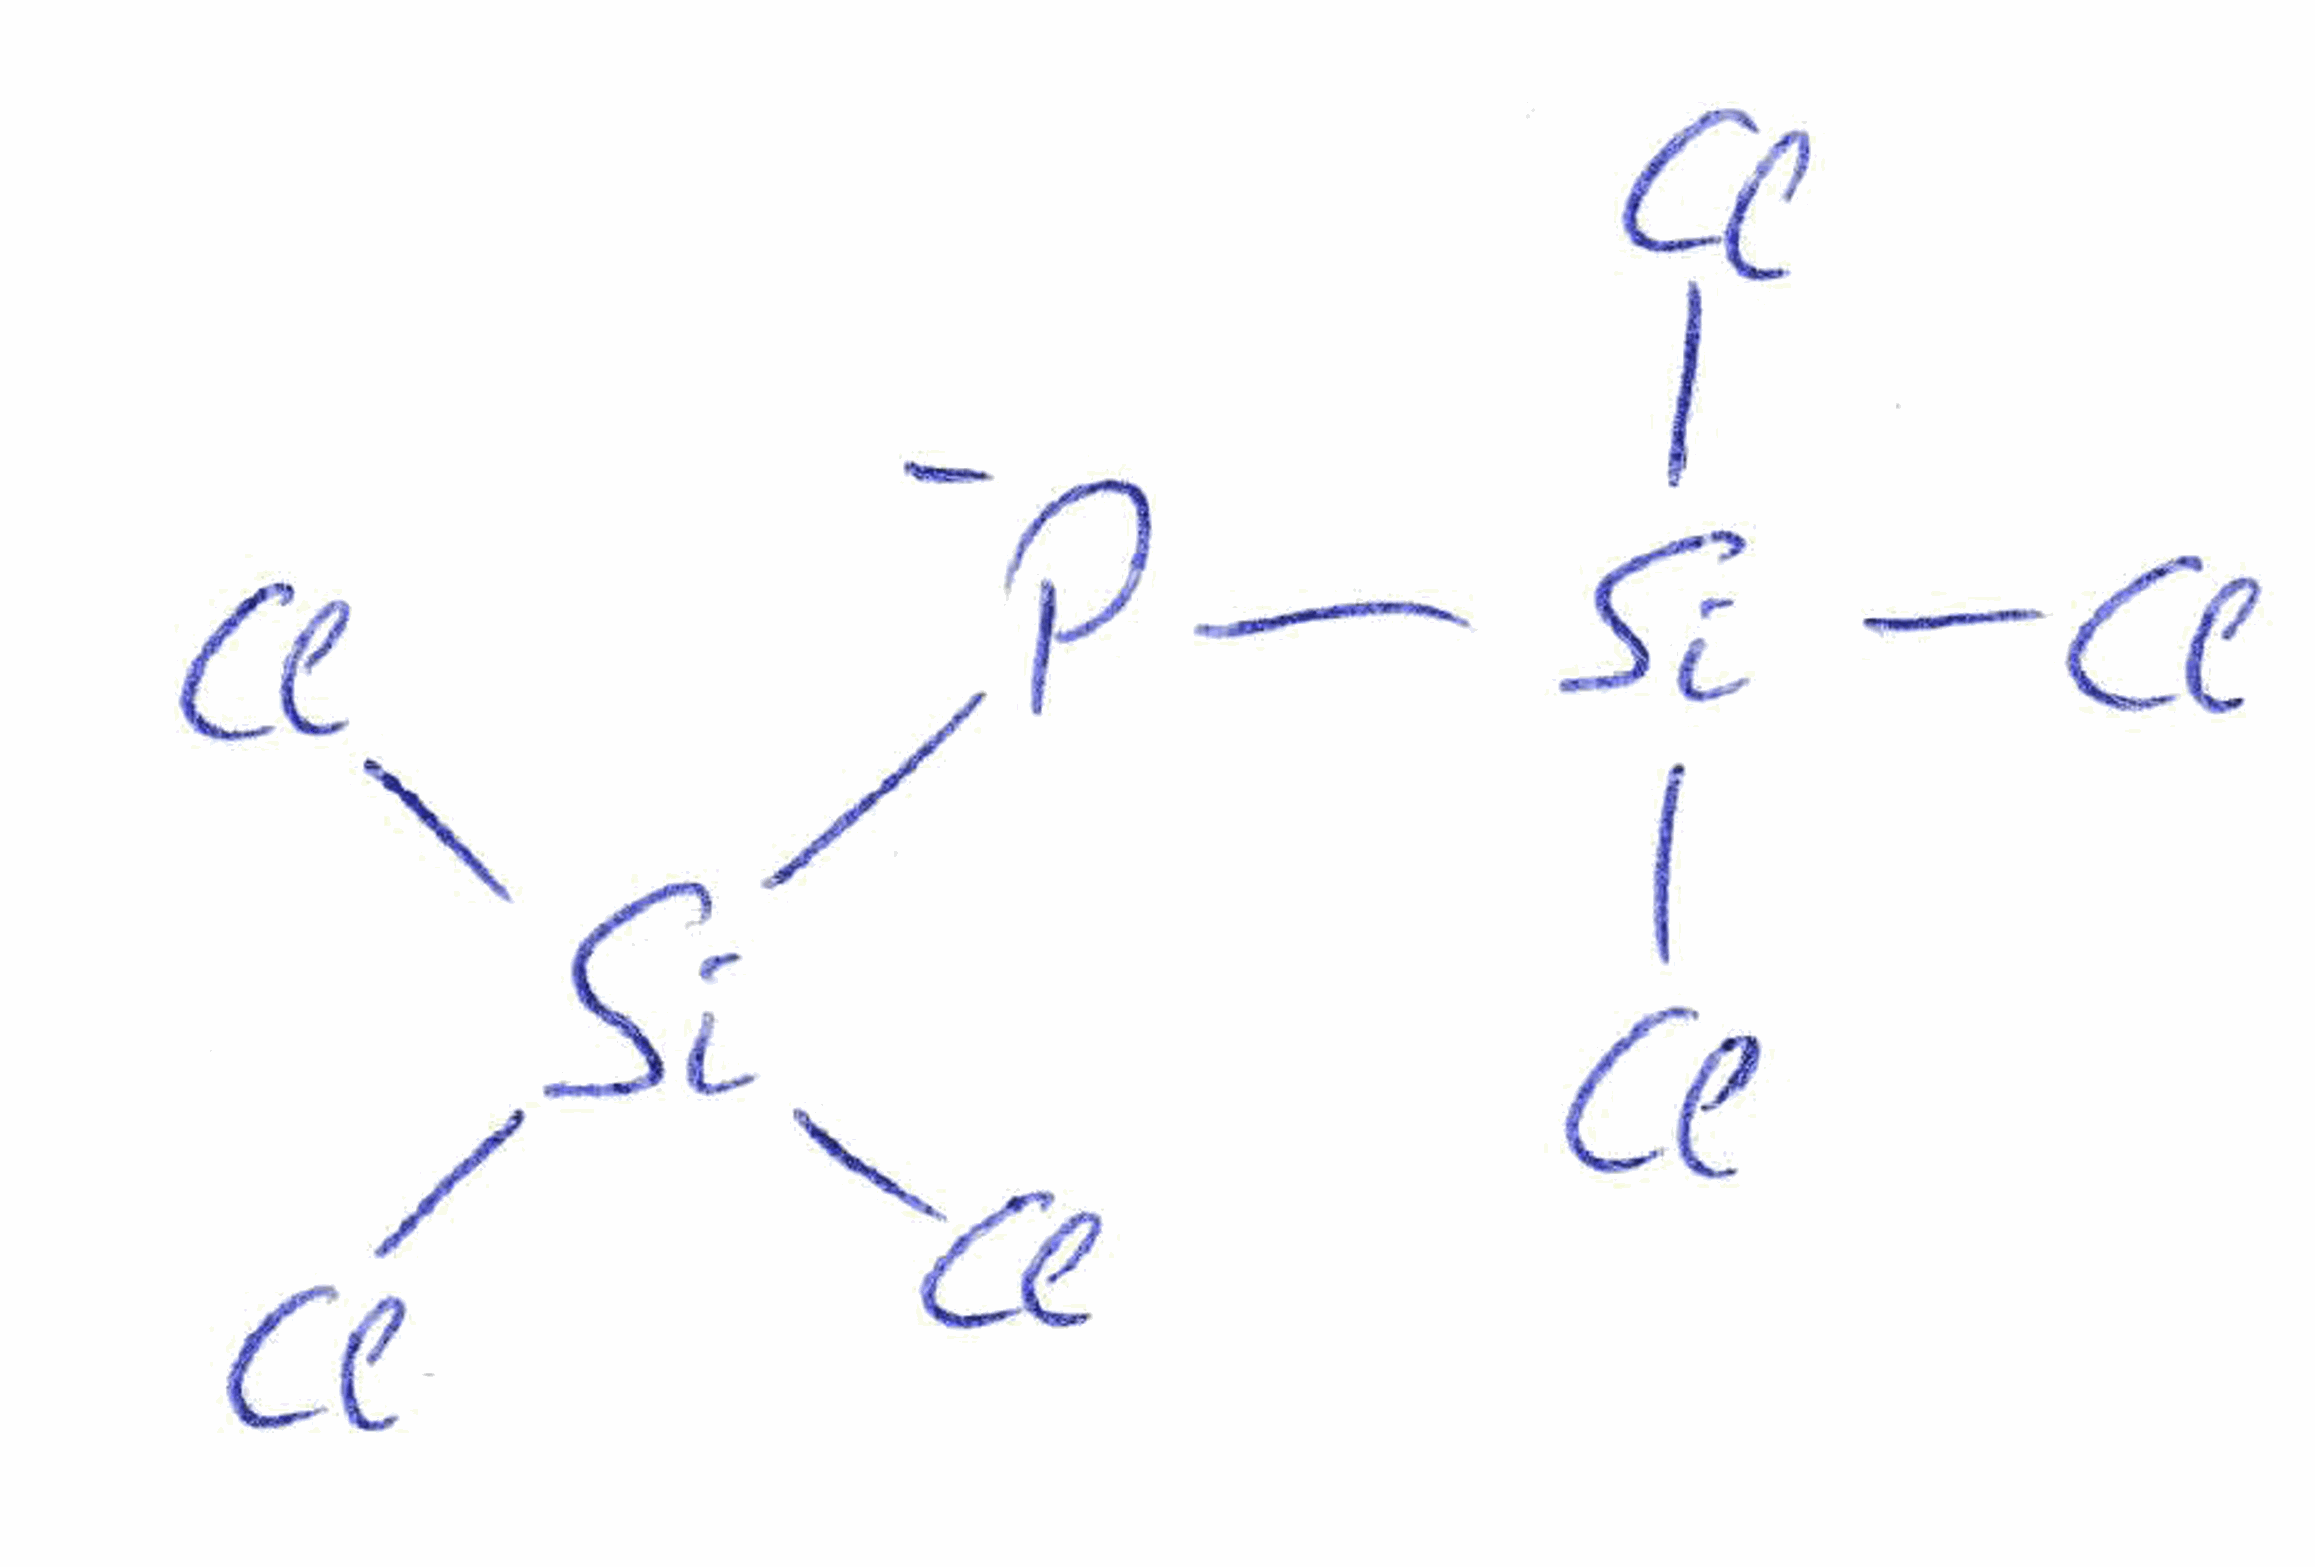
Simplified molecular-input line-entry system (SMILES) notation of the given molecule:
[Si]([P-][Si](Cl)(Cl)Cl)(Cl)(Cl)Cl